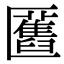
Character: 匶